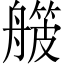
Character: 𬜛